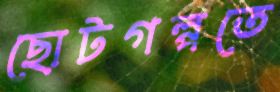
ছোটগল্পতে